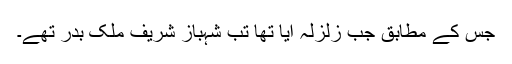
جس کے مطابق جب زلزلہ آیا تھا تب شہباز شریف ملک بدر تھے۔